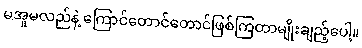
မအူမလည်နဲ့ ကြောင်တောင်တောင်ဖြစ်ကြတာမျိုးချည့်ပေါ့။